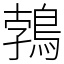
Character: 鵓